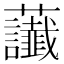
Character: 𧆂